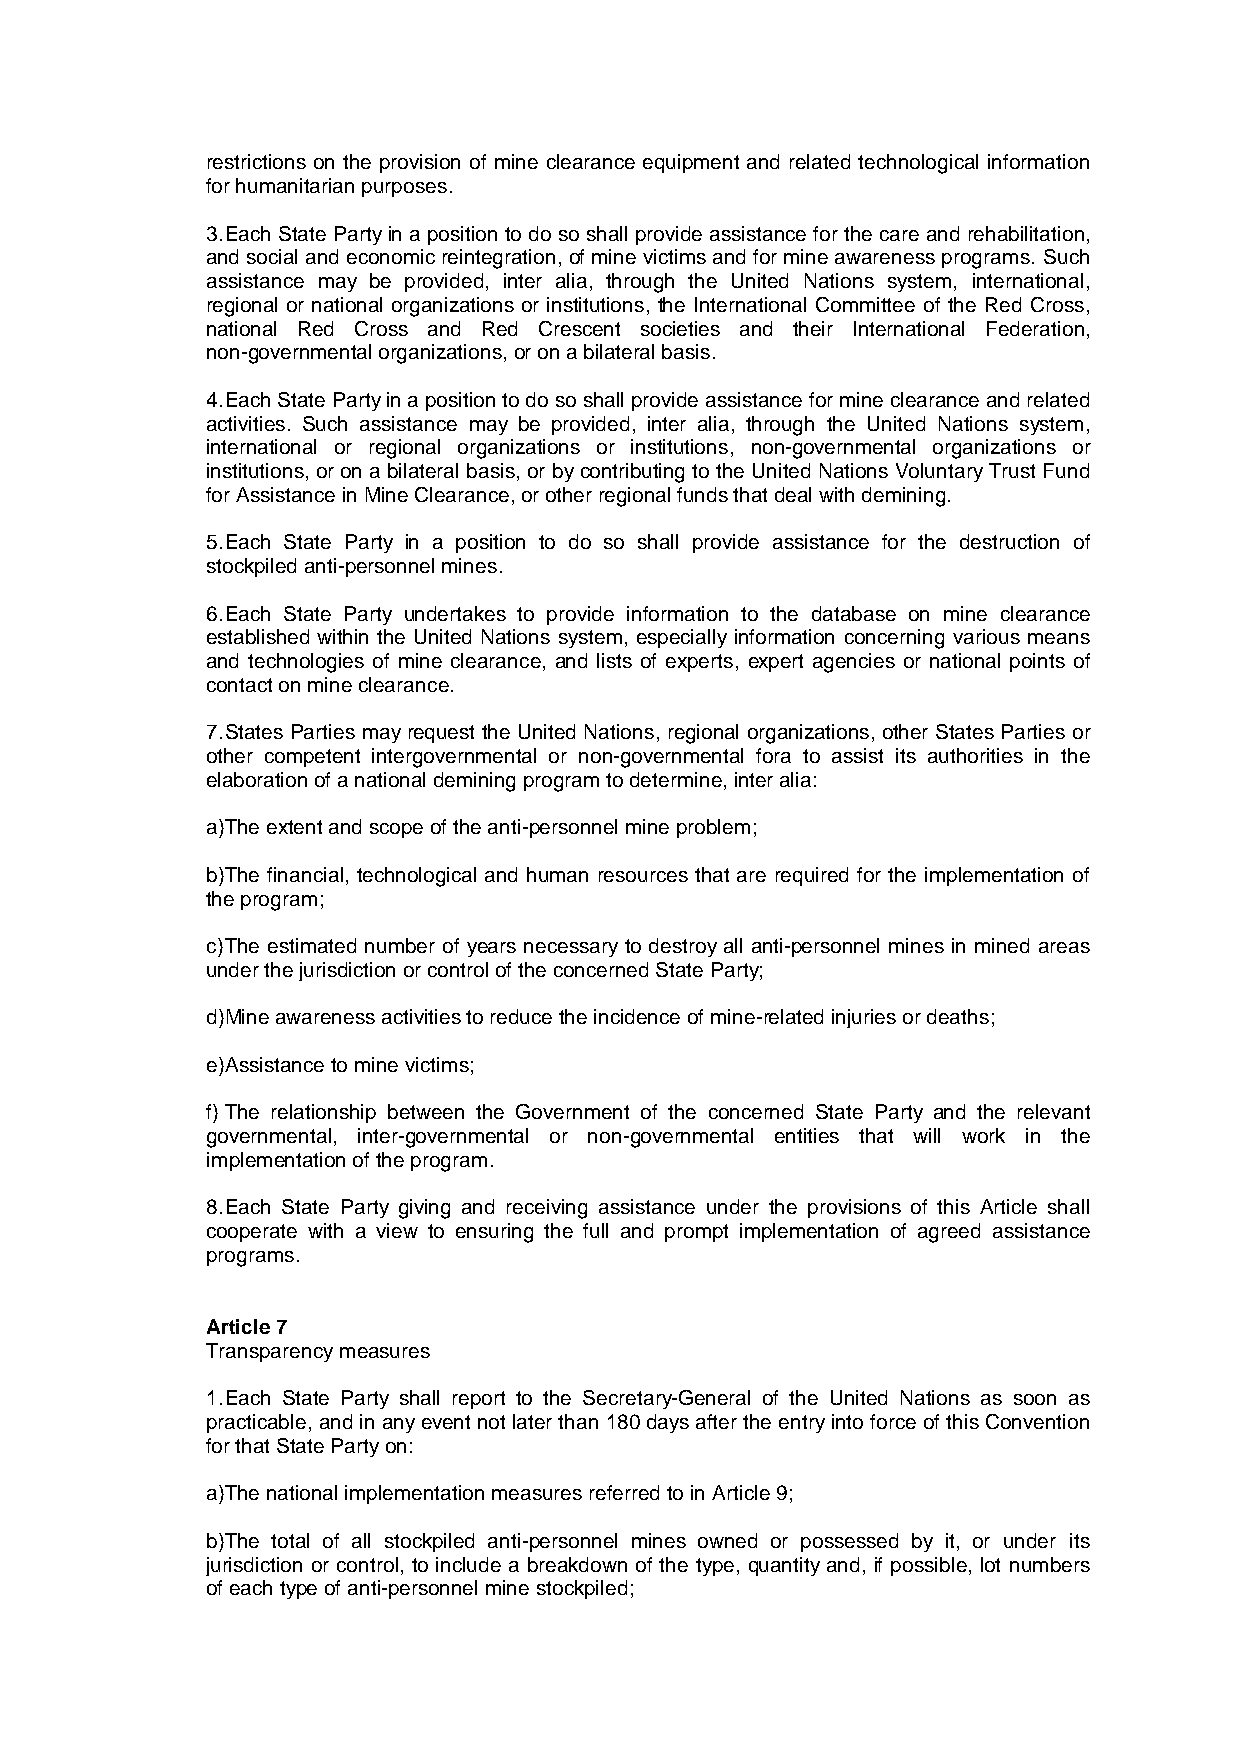
restrictions on the provision of mine clearance equipment and related technological information
 for humanitarian purposes.
 3.Each State Partyin a position to do so shall provide assistance for the care and rehabilitation,
 and social and economic reintegration,of mine victims and for mine awareness programs. Such
 assistance may be provided, inter alia, through the United Nations system, international,
 regional or national organizations or institutions, the International Committee of the Red Cross,
 national Red Cross and Red Crescent societies and their International Federation,
 non-governmental organizations,or on a bilateral basis.
 4.Each State Partyin a position to do so shall provide assistance for mine clearance and related
 activities. Such assistance may be provided, inter alia, through the United Nations system,
 international or regional organizations or institutions, non-governmental organizations or
 institutions,or on a bilateral basis,or bycontributing to the United Nations VoluntaryTrust Fund
 for Assistance in Mine Clearance,or other regional funds that deal with demining.
 5.Each State Party in a position to do so shall provide assistance for the destruction of
 stockpiled anti-personnel mines.
 6.Each State Party undertakes to provide information to the database on mine clearance
 established within the United Nations system, especially information concerning various means
 and technologies of mine clearance, and lists of experts, expert agencies or national points of
 contact on mine clearance.
 7.States Parties mayrequest the United Nations, regional organizations, other States Parties or
 other competent intergovernmental or non-governmental fora to assist its authorities in the
 elaboration of a national demining program to determine,inter alia:
 a)The extent and scope of the anti-personnel mine problem;
 b)The financial, technological and human resources that are required for the implementation of
 the program;
 c)The estimated number of years necessaryto destroyall anti-personnel mines in mined areas
 under the jurisdiction or control of the concerned State Party;
 d)Mine awareness activities to reduce the incidence of mine-related injuries or deaths;
 e)Assistance to mine victims;
 f)The relationship between the Government of the concerned State Party and the relevant
 governmental, inter-governmental or non-governmental entities that will work in the
 implementation of the program.
 8.Each State Party giving and receiving assistance under the provisions of this Article shall
 cooperate with a view to ensuring the full and prompt implementation of agreed assistance
 programs.
 Article7
 Transparencymeasures
 1.Each State Party shall report to the Secretary-General of the United Nations as soon as
 practicable,and in anyevent not later than180days after the entryinto force of this Convention
 for that State Partyon:
 a)The national implementation measures referred to in Article9;
 b)The total of all stockpiled anti-personnel mines owned or possessed by it, or under its
 jurisdiction or control, to include a breakdown of the type, quantity and, if possible, lot numbers
 of each type of anti-personnel mine stockpiled;